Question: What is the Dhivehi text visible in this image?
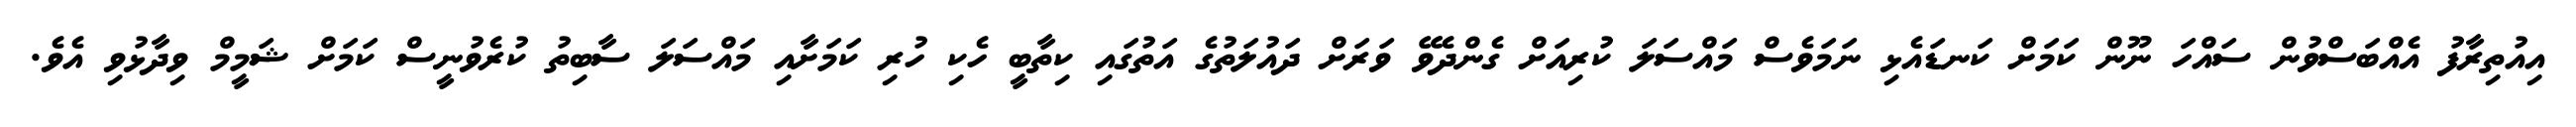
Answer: އިއުތިރާފު އެއްބަސްވުން ސައްހަ ނޫން ކަމަށް ކަނޑައެޅި ނަމަވެސް މައްސަލަ ކުރިއަށް ގެންދެވޭ ވަރަށް ދައުލަތުގެ އަތުގައި ކިތާބީ ހެކި ހުރި ކަމަށާއި މައްސަލަ ސާބިތު ކުރެވުނީސް ކަމަށް ޝަމީމް ވިދާޅުވި އެވެ.